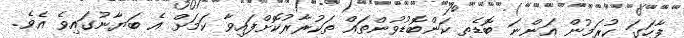
ފާހަގަ ކުރަމުން އަންނަ ބޮޑެތި ކަންބޮޑުވުންތައް ތަކުރާރުކޮށްފައިވާ ކަމަށް އެ ބަޔާނުގައިވެ އެވެ.